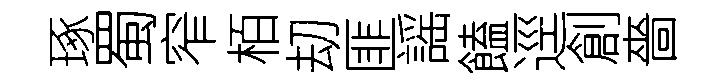
琢蜀窄栢刧匪謡饁逕創嗇